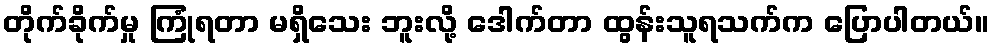
တိုက်ခိုက်မှု ကြုံရတာ မရှိသေး ဘူးလို့ ဒေါက်တာ ထွန်းသူရသက်က ပြောပါတယ်။